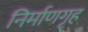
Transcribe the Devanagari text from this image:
निर्माणगृह